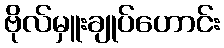
ဗိုလ်မှူးချုပ်ဟောင်း